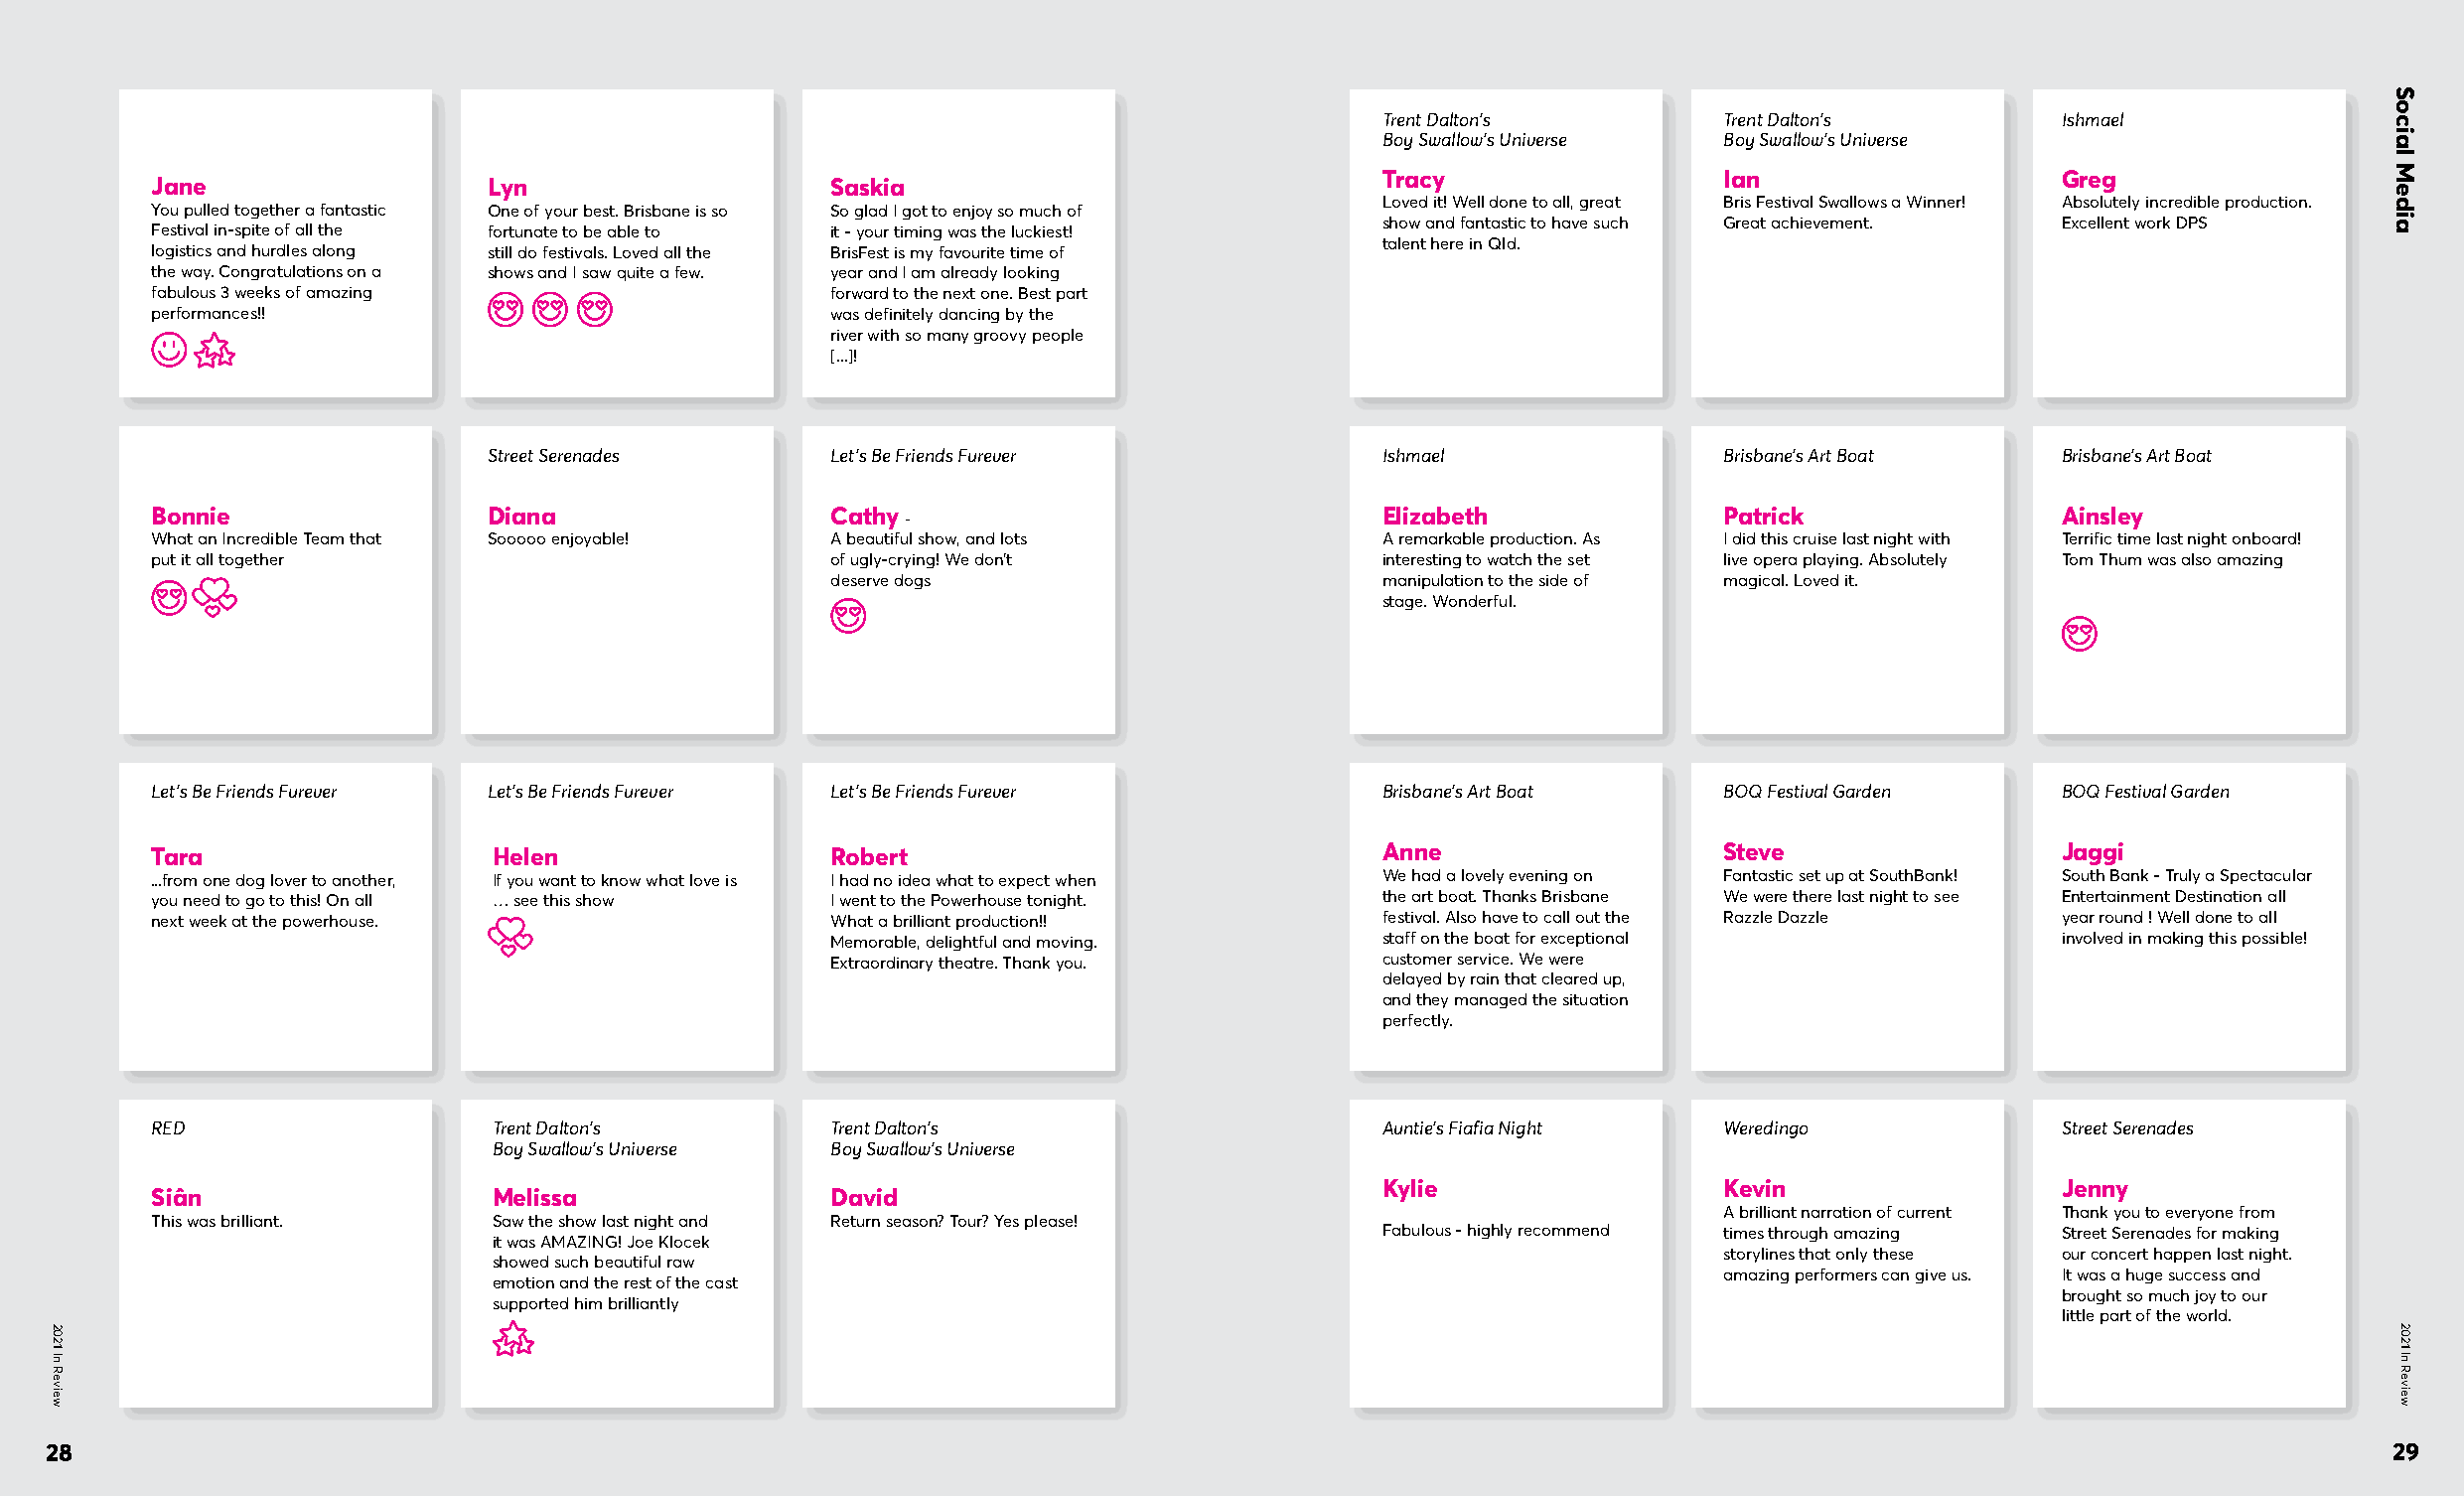
Trent Dalton’s         Trent Dalton’s        Ishmael
 Boy Swallow’s Universe Boy Swallow’s Universe
 Tracy                  Ian                   Greg
 Jane                   Lyn                   Saskia
 Loved it! Well done to all, great Bris Festival Swallows a Winner! Absolutely incredible production.
 You pulled together a fantastic One of your best. Brisbane is so So glad I got to enjoy so much of
 show and fantastic to have such Great achievement. Excellent work DPS
 Festival in-spite of all the fortunate to be able to it - your timing was the luckiest!
 talent here in Qld.
 logistics and hurdles along still do festivals. Loved all the BrisFest is my favourite time of
 the way. Congratulations on a shows and I saw quite a few. year and I am already looking
 fabulous 3 weeks of amazing                  forward to the next one. Best part
 performances!!                               was definitely dancing by the
 river with so many groovy people
 [...]!
 Street Serenades       Let’s Be Friends Furever             Ishmael                Brisbane’s Art Boat   Brisbane’s Art Boat
 Bonnie                 Diana                 Cathy                                Elizabeth              Patrick               Ainsley
 -
 What an Incredible Team that Sooooo enjoyable! A beautiful show, and lots         A remarkable production. As I did this cruise last night with Terrific time last night onboard!
 put it all together                          of ugly-crying! We don’t             interesting to watch the set live opera playing. Absolutely Tom Thum was also amazing 😻
 deserve dogs                         manipulation to the side of magical. Loved it.
 stage. Wonderful.
 Let’s Be Friends Furever Let’s Be Friends Furever Let’s Be Friends Furever        Brisbane’s Art Boat    BOQ Festival Garden   BOQ Festival Garden
 Tara                   Helen                 Robert                               Anne                   Steve                 Jaggi
 ...from one dog lover to another, If you want to know what love is I had no idea what to expect when We had a lovely evening on Fantastic set up at SouthBank! South Bank - Truly a Spectacular
 you need to go to this! On all … see this show I went to the Powerhouse tonight.  the art boat. Thanks Brisbane We were there last night to see Entertainment Destination all
 next week at the powerhouse.                 What a brilliant production!!        festival. Also have to call out the Razzle Dazzle year round ! Well done to all
 Memorable, delightful and moving.    staff on the boat for exceptional            involved in making this possible!
 Extraordinary theatre. Thank you.    customer service. We were
 delayed by rain that cleared up,
 and they managed the situation
 perfectly.
 RED                    Trent Dalton’s        Trent Dalton’s                       Auntie’s Fiafia Night  Weredingo             Street Serenades
 Boy Swallow’s Universe Boy Swallow’s Universe
 Kylie                  Kevin                 Jenny
 Siân                   Melissa               David
 A brilliant narration of current Thank you to everyone from
 This was brilliant.    Saw the show last night and Return season? Tour? Yes please!
 Fabulous - highly recommend times through amazing Street Serenades for making
 it was AMAZING! Joe Klocek
 storylines that only these our concert happen last night.
 showed such beautiful raw
 amazing performers can give us. It was a huge success and
 emotion and the rest of the cast
 brought so much joy to our
 supported him brilliantly
 little part of the world.
 28                                                                                                                                                          29
 2021
 In
 Review
 Social
 Media
 2021
 In
 Review